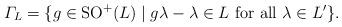
LaTeX: \begin{align*}\varGamma_L=\{g\in \mathrm{SO}^+(L)\mid g\lambda-\lambda\in L\hbox{ for all }\lambda\in L'\}.\end{align*}